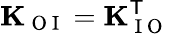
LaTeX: \mathbf{K}_{\mathrm{~O~I~}}=\mathbf{K}_{\mathrm{~I~O~}}^{\mathsf{T}}